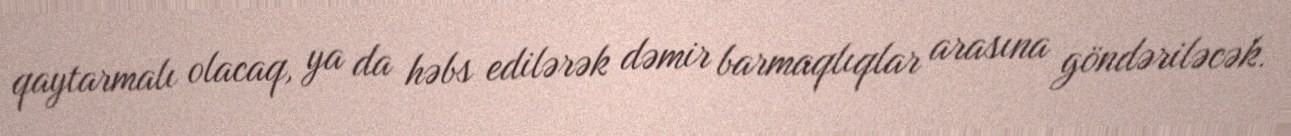
qaytarmalı olacaq, ya da həbs edilərək dəmir barmaqlıqlar arasına göndəriləcək.